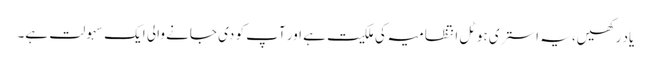
یاد رکھیں، یہ استری ہوٹل انتظامیہ کی ملکیت ہے اور آپ کو دی جانے والی ایک سہولت ہے۔